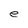
Character: e